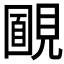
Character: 𧡻